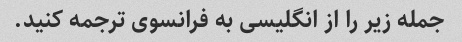
جمله زیر را از انگلیسی به فرانسوی ترجمه کنید.